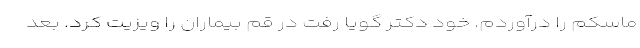
ماسکم را درآوردم. خود دکتر گویا رفت در قم بیماران را ویزیت کرد. بعد